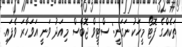
ތަކެއްގެ ފޮޓޯ މީހަކު ނަގަނީ: ސްޓީވް ޖޮބްސް މިއަދު ވަނީ އަވަހާރަ ވެފައި.